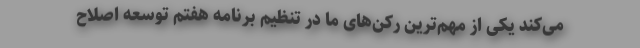
می‌کند یکی از مهم‌ترین رکن‌های ما در تنظیم برنامه هفتم توسعه اصلاح